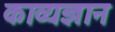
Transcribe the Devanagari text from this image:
काव्यज्ञान